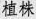
植株